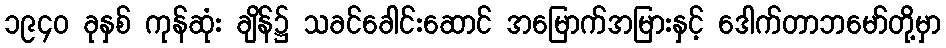
၁၉၄၀ ခုနှစ် ကုန်ဆုံး ချိန်၌ သခင်ခေါင်းဆောင် အမြောက်အမြားနှင့် ဒေါက်တာဘမော်တို့မှာ